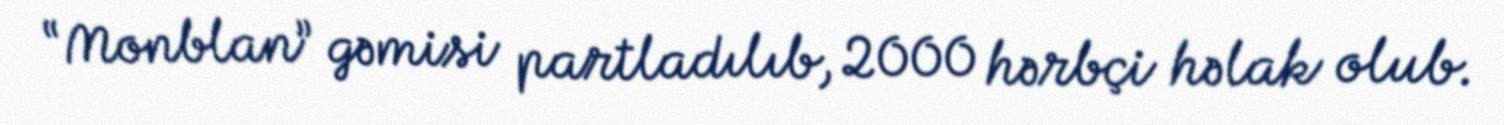
“Monblan” gəmisi partladılıb, 2000 hərbçi həlak olub.